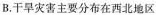
B.干旱灾害主要分布在西北地区